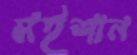
মইশান